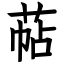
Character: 萜